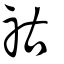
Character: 祜